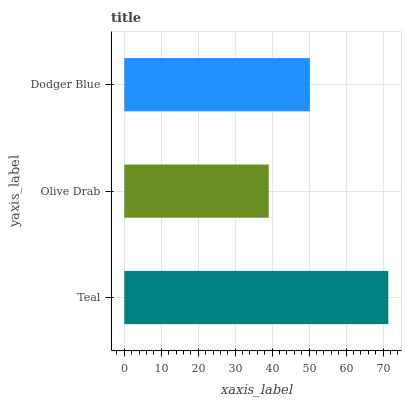
| yaxis_label | bars |
 | --- | --- |
 | Teal | 71.4 |
 | Olive Drab | 39.1 |
 | Dodger Blue | 50.2 |